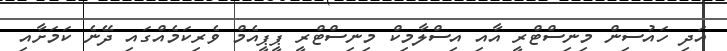
އަދި ހައުސިން މިނިސްޓްރީ އާއި އިސްލާމިކް މިނިސްޓްރީ ޕީޕީއެމް ވެރިކަމެއްގައި ދޭނެ ކަމަށާއި